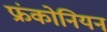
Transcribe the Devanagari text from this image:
फ्रंकोनियन